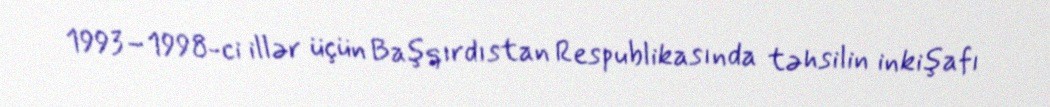
1993–1998-ci illər üçün Başqırdıstan Respublikasında təhsilin inkişafı